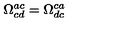
\Omega _ { c d } ^ { a c } = \Omega _ { d c } ^ { c a }